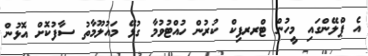
އެ ޕްލޭންގައި މީހުން ޓްރރފިކް ކުރުން ހުއްޓުވުމާ ގުޅޭ މައުލޫމާތު ސާފުކޮށް އޮޅުން